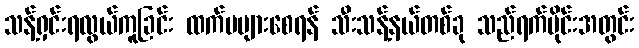
သန့်ရှင်းရလွယ်ကူခြင်း ထက်မများစေရန် သီးသန့်နယ်တစ်ခု သည်ရက်ပိုင်းအတွင်း